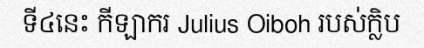
ទី៤នេះ កីឡាករ Julius Oiboh របស់ក្លិប